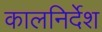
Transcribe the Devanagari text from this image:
कालनिर्देश